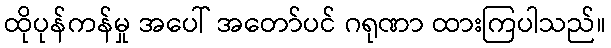
ထိုပုန်ကန်မှု အပေါ် အတော်ပင် ဂရုဏာ ထားကြပါသည်။